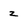
Character: z